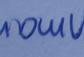
Signature authenticity: genuine